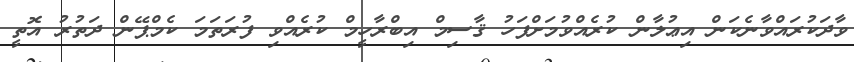
ވާދަކުރައްވާނެކަން އިޢުލާން ކުރެއްވުމަށްފަހު ޤާސިމް އިބްރާހީމް ކުރެއްވި ފުރަތަމަ ކެމްޕޭން ދަތުރު އޮތީ